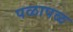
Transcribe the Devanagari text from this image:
पळापळ